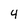
Character: 4